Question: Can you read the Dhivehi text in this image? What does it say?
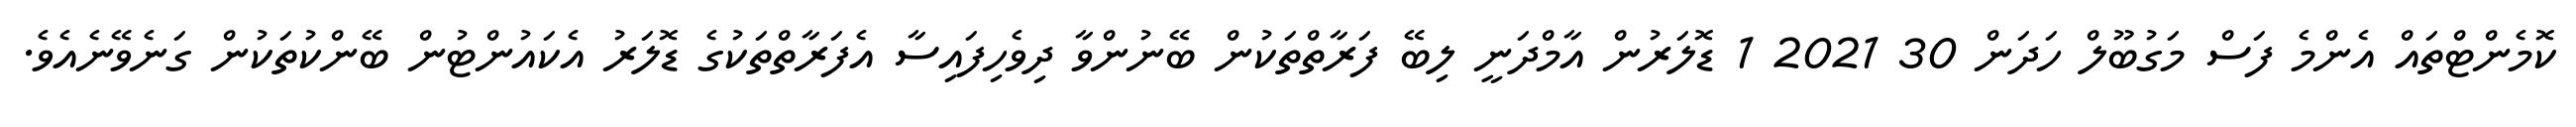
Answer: ކޮމެންޓްތައް އެންމެ ފަސް މަގުބޫލް ހަދަން 30 2021 1 ޑޮލަރުން އާމްދަނީ ލިބޭ ފަރާތްތަކުން ބޭނުންވާ ދިވެހިފައިސާ އެފަރާތްތަކުގެ ޑޮލަރު އެކައުންޓުން ބޭންކުތަކުން ގަނެވޭނެއެވެ.